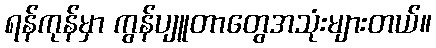
ရန်ကုန်မှာ ကွန်ပျူတာတွေအသုံးများတယ်။